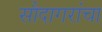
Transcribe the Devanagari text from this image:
सौदागरांचा